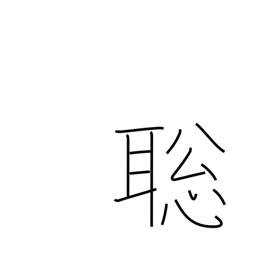
Meaning: fast learner